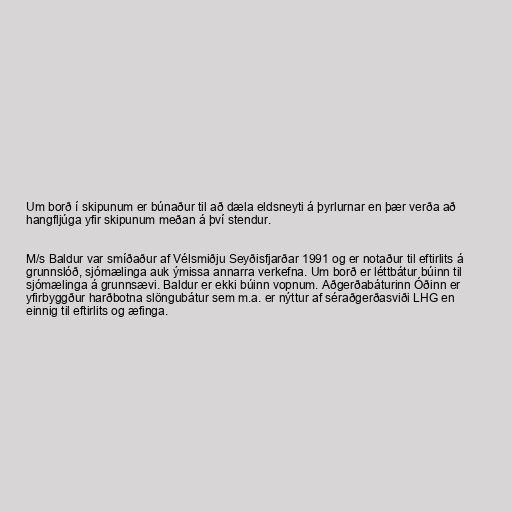
Um borð í skipunum er búnaður til að dæla eldsneyti á þyrlurnar en þær verða að
hangfljúga yfir skipunum meðan á því stendur.

M/s Baldur var smíðaður af Vélsmiðju Seyðisfjarðar 1991 og er notaður til eftirlits á
grunnslóð, sjómælinga auk ýmissa annarra verkefna. Um borð er léttbátur búinn til
sjómælinga á grunnsævi. Baldur er ekki búinn vopnum. Aðgerðabáturinn Óðinn er
yfirbyggður harðbotna slöngubátur sem m.a. er nýttur af séraðgerðasviði LHG en
einnig til eftirlits og æfinga.